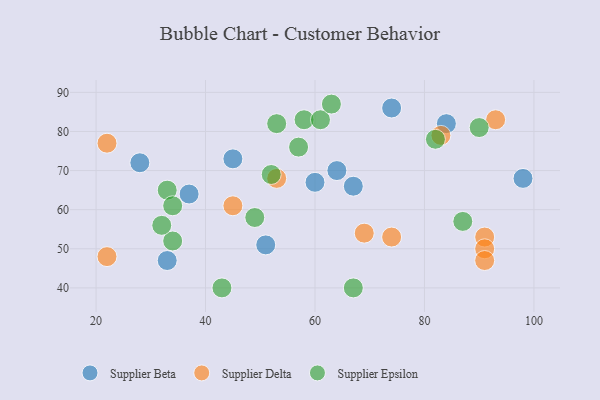
{"axis": {"x": "GDP", "y": "Life Expectancy"}, "legend": ["Supplier Beta", "Supplier Delta", "Supplier Epsilon"], "data": [{"x": "37", "y": 64, "type": "Supplier Beta"}, {"x": "45", "y": 73, "type": "Supplier Beta"}, {"x": "74", "y": 86, "type": "Supplier Beta"}, {"x": "67", "y": 66, "type": "Supplier Beta"}, {"x": "84", "y": 82, "type": "Supplier Beta"}, {"x": "33", "y": 47, "type": "Supplier Beta"}, {"x": "28", "y": 72, "type": "Supplier Beta"}, {"x": "98", "y": 68, "type": "Supplier Beta"}, {"x": "64", "y": 70, "type": "Supplier Beta"}, {"x": "51", "y": 51, "type": "Supplier Beta"}, {"x": "60", "y": 67, "type": "Supplier Beta"}, {"x": "91", "y": 53, "type": "Supplier Delta"}, {"x": "74", "y": 53, "type": "Supplier Delta"}, {"x": "53", "y": 68, "type": "Supplier Delta"}, {"x": "91", "y": 50, "type": "Supplier Delta"}, {"x": "91", "y": 47, "type": "Supplier Delta"}, {"x": "93", "y": 83, "type": "Supplier Delta"}, {"x": "69", "y": 54, "type": "Supplier Delta"}, {"x": "83", "y": 79, "type": "Supplier Delta"}, {"x": "22", "y": 48, "type": "Supplier Delta"}, {"x": "22", "y": 77, "type": "Supplier Delta"}, {"x": "45", "y": 61, "type": "Supplier Delta"}, {"x": "58", "y": 83, "type": "Supplier Epsilon"}, {"x": "43", "y": 40, "type": "Supplier Epsilon"}, {"x": "57", "y": 76, "type": "Supplier Epsilon"}, {"x": "49", "y": 58, "type": "Supplier Epsilon"}, {"x": "33", "y": 65, "type": "Supplier Epsilon"}, {"x": "53", "y": 82, "type": "Supplier Epsilon"}, {"x": "90", "y": 81, "type": "Supplier Epsilon"}, {"x": "87", "y": 57, "type": "Supplier Epsilon"}, {"x": "67", "y": 40, "type": "Supplier Epsilon"}, {"x": "61", "y": 83, "type": "Supplier Epsilon"}, {"x": "52", "y": 69, "type": "Supplier Epsilon"}, {"x": "34", "y": 52, "type": "Supplier Epsilon"}, {"x": "32", "y": 56, "type": "Supplier Epsilon"}, {"x": "63", "y": 87, "type": "Supplier Epsilon"}, {"x": "82", "y": 78, "type": "Supplier Epsilon"}, {"x": "34", "y": 61, "type": "Supplier Epsilon"}]}